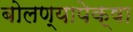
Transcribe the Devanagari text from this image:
बोलण्यापेक्षा